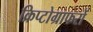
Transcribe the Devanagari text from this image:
क्रिप्टोग्राफरों